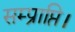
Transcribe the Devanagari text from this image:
सम्प्राप्ति।